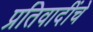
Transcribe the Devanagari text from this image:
प्रतिवादींचे